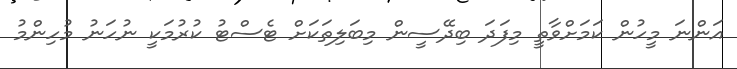
އަންނަ މީހުން ކަމަށްވާތީ މިފަދަ ބިދޭސީން މިބަލިތަކަށް ޓެސްޓު ކުރުމަކީ ނުހަނު މުހިންމު